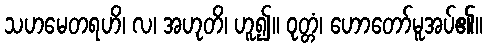
သဟမေတရဟိ၊ လ၊ အဟုတိ၊ ဟူ၍။ ဝုတ္တံ၊ ဟောတော်မူအပ်၏။